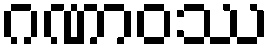
ဂဏာဝဿ